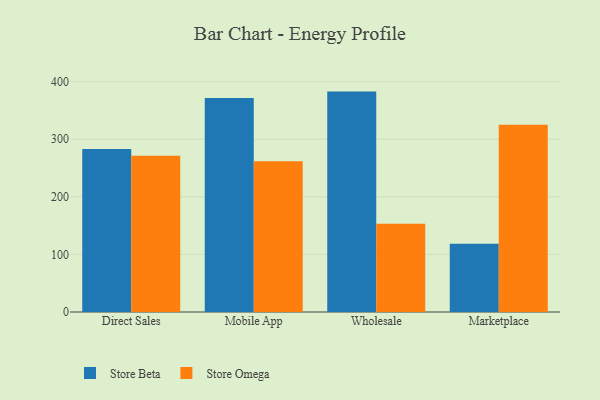
{"axis": {"x": "Channel", "y": "Inventory Turnover"}, "legend": ["Store Beta", "Store Omega"], "data": [{"x": "Direct Sales", "y": 282.8, "type": "Store Beta"}, {"x": "Direct Sales", "y": 271.4, "type": "Store Omega"}, {"x": "Mobile App", "y": 371.3, "type": "Store Beta"}, {"x": "Mobile App", "y": 261.6, "type": "Store Omega"}, {"x": "Wholesale", "y": 382.6, "type": "Store Beta"}, {"x": "Wholesale", "y": 153.2, "type": "Store Omega"}, {"x": "Marketplace", "y": 118.3, "type": "Store Beta"}, {"x": "Marketplace", "y": 325.2, "type": "Store Omega"}]}